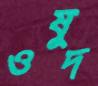
ওষুদ